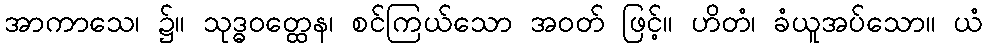
အာကာသေ၊ ၌။ သုဒ္ဓဝတ္ထေန၊ စင်ကြယ်သော အဝတ် ဖြင့်။ ဟိတံ၊ ခံယူအပ်သော။ ယံ